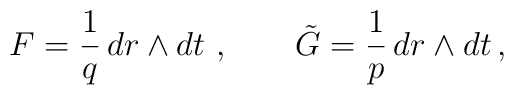
F =   \frac{1}{q}  \,dr\wedge dt \ ,  \qquad \tilde{G} =   \frac{1}{p} \,dr \wedge dt\,  ,